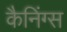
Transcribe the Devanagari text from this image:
कैनिंग्स